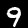
Label: 9